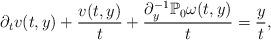
LaTeX: \begin{align*}\partial_tv(t,y)+\frac{v(t,y)}{t}+\frac{\partial_y^{-1}\mathbb{P}_0\omega(t,y)}{t}=\frac{y}{t},\end{align*}